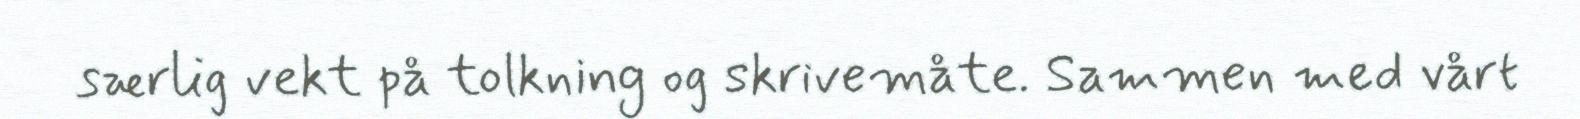
særlig vekt på tolkning og skrivemåte. Sammen med vårt